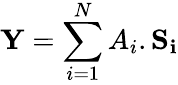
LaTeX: \mathbf{Y}=\sum_{i=1}^{N}A_{i}.\mathbf{S_{i}}